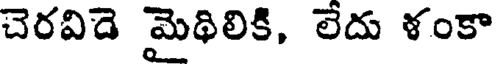
చెరవిడె మైథిలికి, లేదు ళంకా